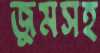
জুমসহ